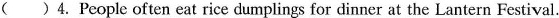
( ) 4. People often eat rice dumplings for dinner at the Lantern Festival.